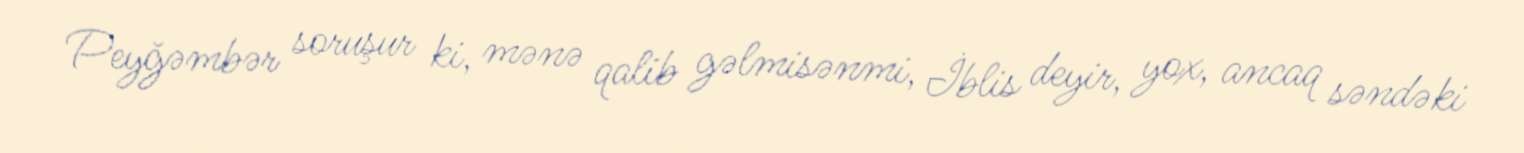
Peyğəmbər soruşur ki, mənə qalib gəlmisənmi, İblis deyir, yox, ancaq səndəki